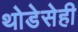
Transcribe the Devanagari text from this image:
थोडेसेही